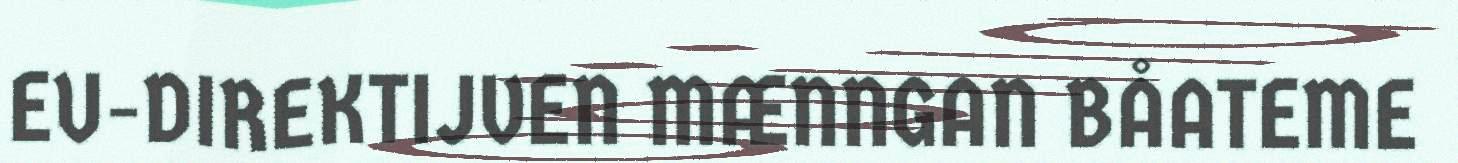
EU-DIREKTIJVEN MÆNNGAN BÅATEME